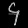
Digit: ၄